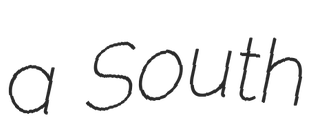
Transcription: a South